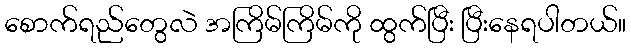
စောက်ရည်တွေလဲ အကြိမ်ကြိမ်ကို ထွက်ပြီး ပြီးနေရပါတယ်။